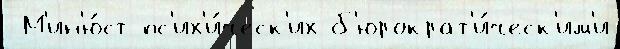
 М'ин'ю́ст пс'их'и́ческ'их б'юрократ'и́ческ'им'и